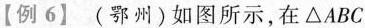
【例6】 (鄂州) 如图所示，在△ABC